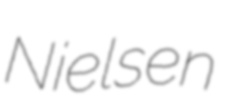
Nielsen